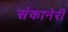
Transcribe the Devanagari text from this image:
संकानेरी